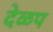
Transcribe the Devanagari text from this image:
देळप